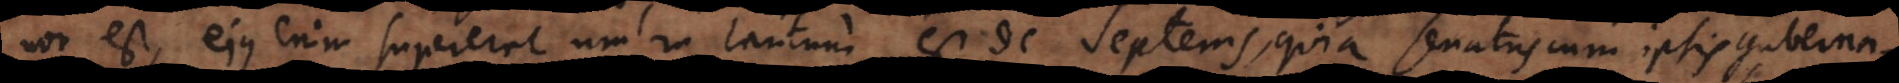
non est, ejus enim supererat umbra tantum, est de Septenis, quia senatus cum ipsis guberna